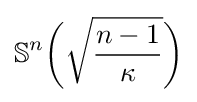
\mathbb {S} ^{n}{\bigg (}{\sqrt {\frac {n-1}{\kappa }}}{\bigg )}